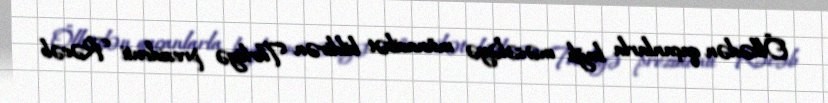
Ölkədən qaçanlarla bağlı məsələyə münasibət bildirən Türkiyə prezidenti Rəcəb